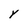
Character: Y